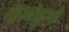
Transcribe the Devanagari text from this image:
लुओतुओ